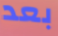
بعد